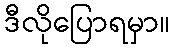
ဒီလိုပြောရမှာ။